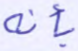
بأنه